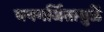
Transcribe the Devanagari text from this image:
घनगर्जितामुळें